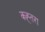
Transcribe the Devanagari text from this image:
कह्तरा